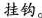
挂钩。